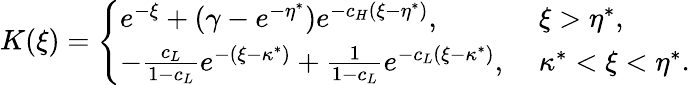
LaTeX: \begin{array}{r}{K(\xi)=\left\{ \begin{array}{ll}{e^{-\xi}+(\gamma-e^{-\eta^{*}})e^{-c_{H}(\xi-\eta^{*})},\; }&{\xi>\eta^{*},}\\ {-\frac{c_{L}}{1-c_{L}}e^{-(\xi-\kappa^{*})}+\frac{1}{1-c_{L}}e^{-c_{L}(\xi-\kappa^{*})},\; }&{\kappa^{*}<\xi<\eta^{*}.}\end{array}\right.}\end{array}